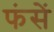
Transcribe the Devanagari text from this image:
फंसें